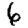
Digit: 6